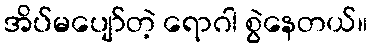
အိပ်မပျော်တဲ့ ရောဂါ စွဲနေတယ်။